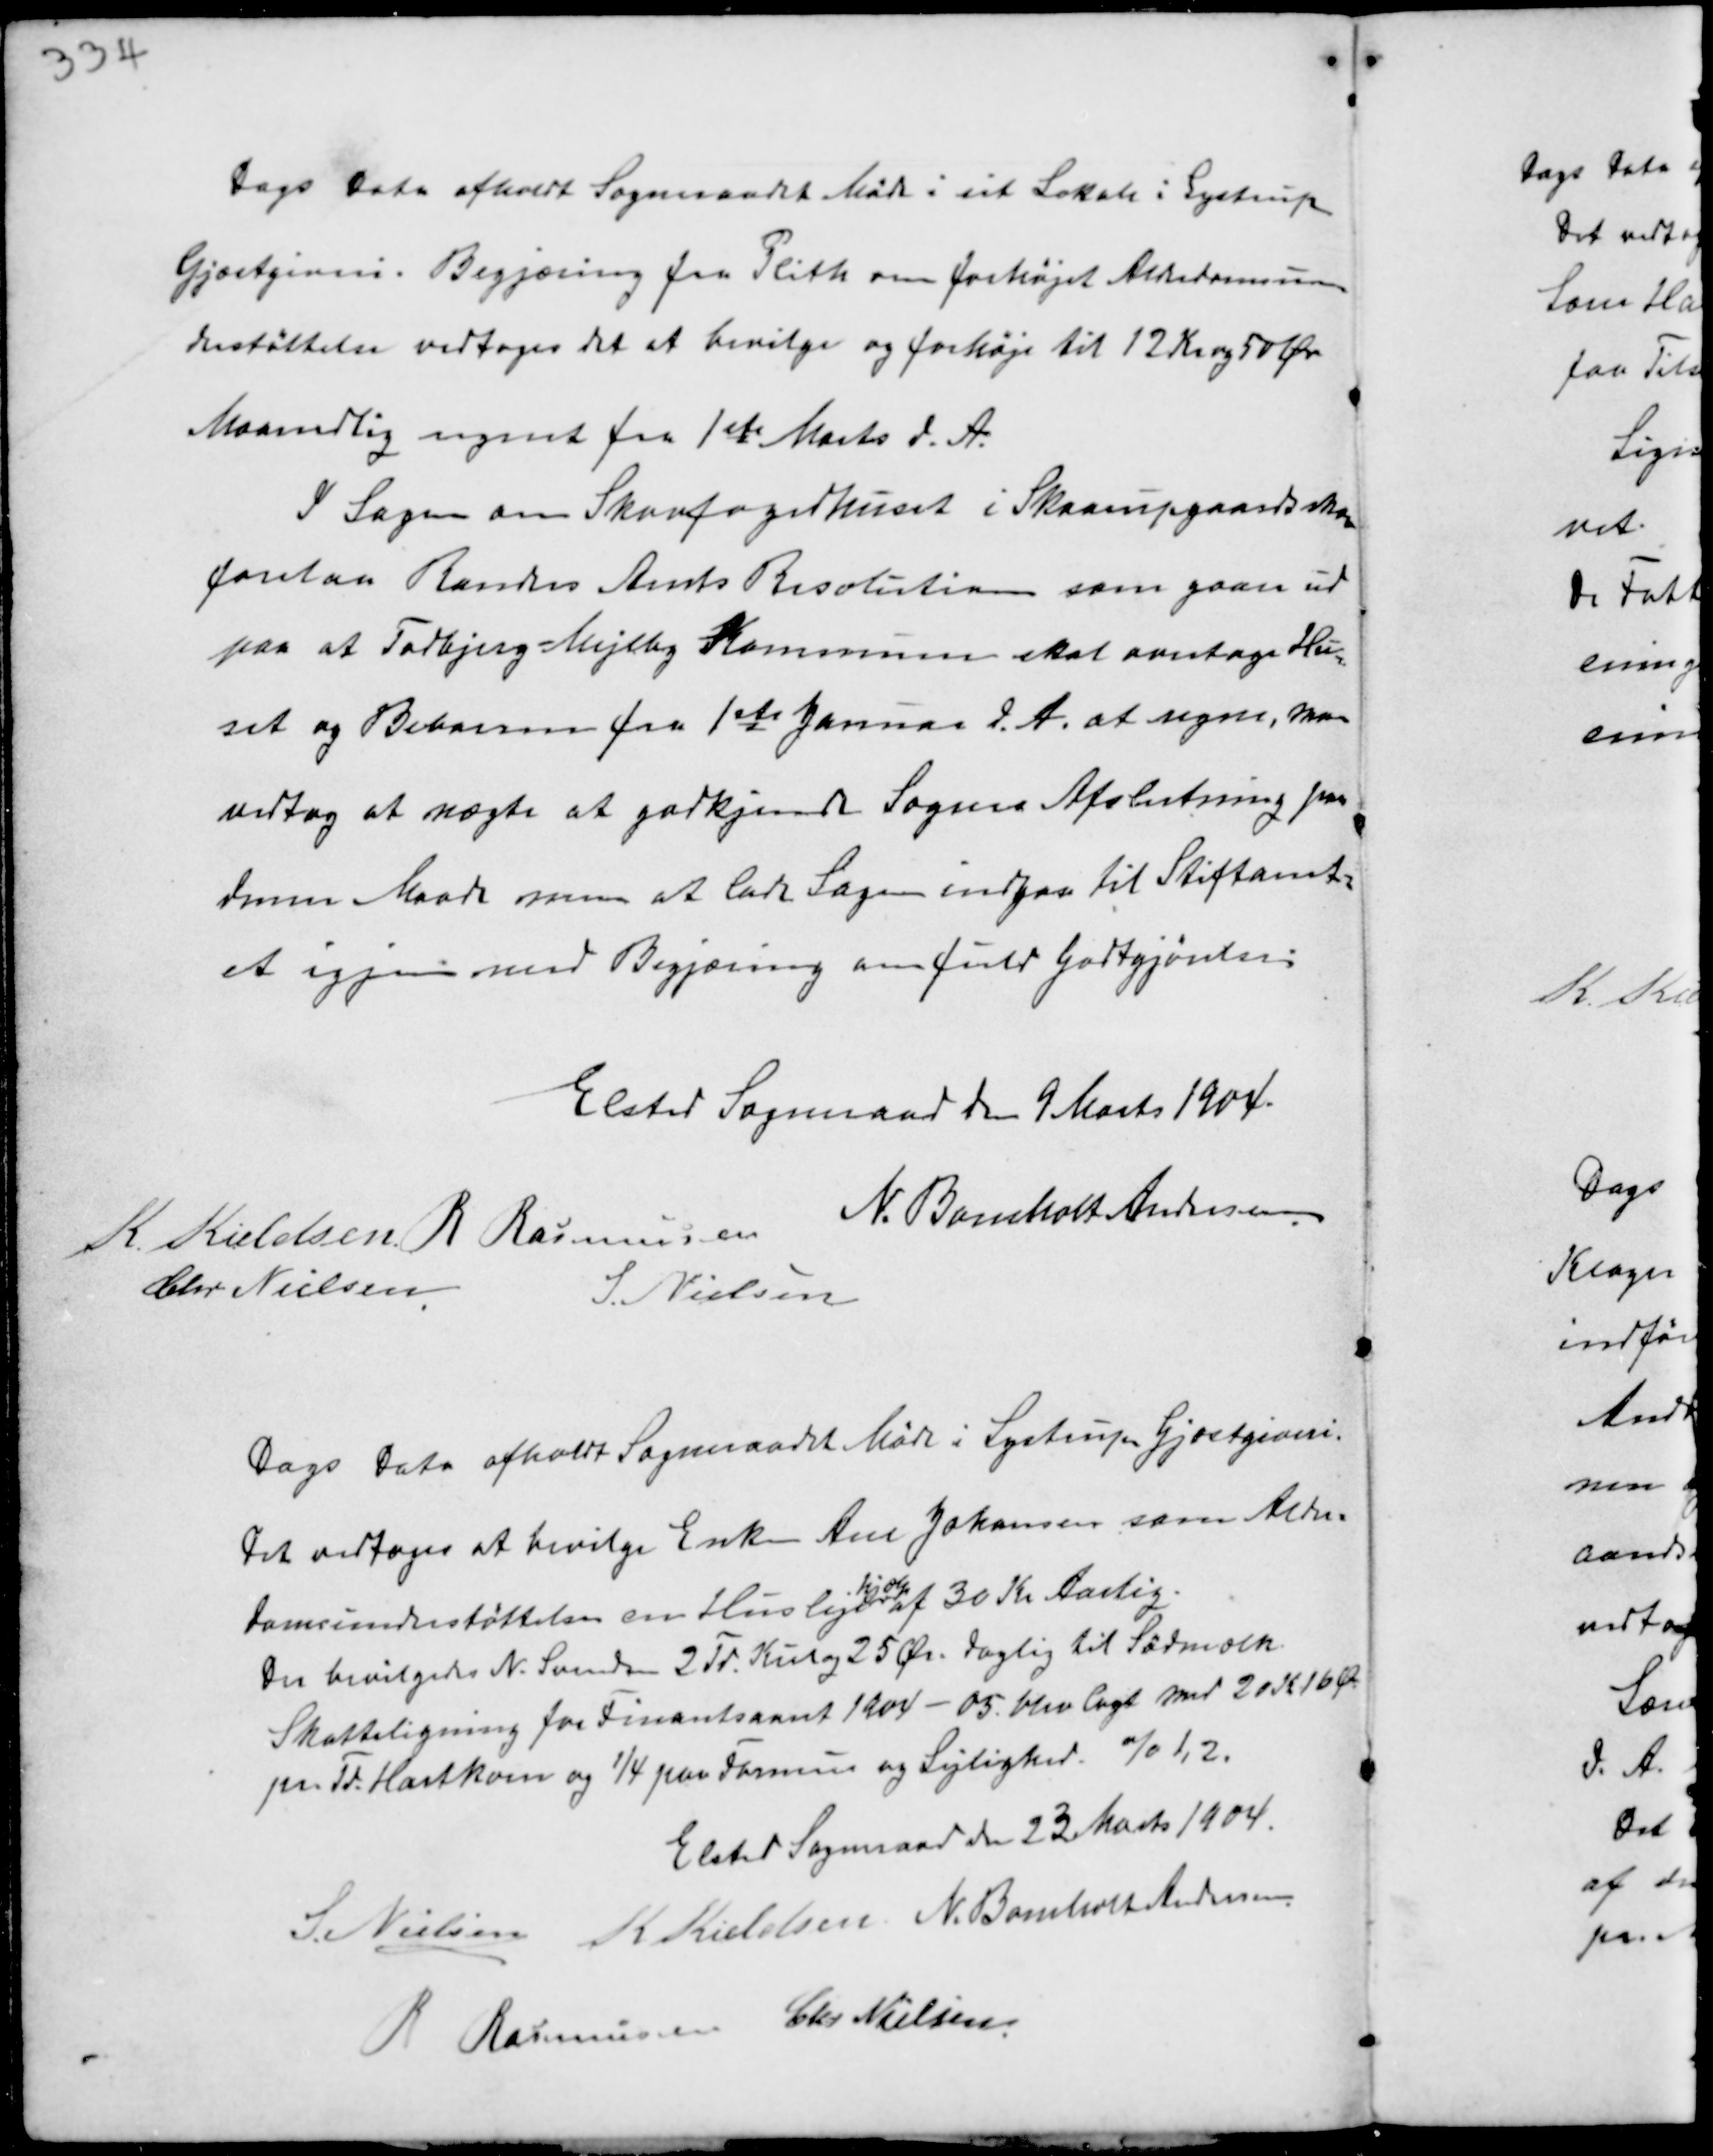
Transskription:
Dags Dato afholdt Sogneraadet Møde i sit Lokale i Lystrup
Gjæstgiveri. Begjæring fra Plith om forhøjet Alderdomsun-
derstøttelse vedtoges det at bevilge og forhøje til 12 Kr og 50 Øre
Maanedlig regnet fra 1ste Marts d.A.
I Sagen om Skovfogedhuset i Skaarupgaardskov
forelaa Randers Amts Resolution som gaar ud
paa at Todbjerg-Mejlby Kommune skal overtage Hu-
set og Beboeren fra 1ste Januar d.A. at regne. Man
vedtog at nægte at godkjende Sagens Afslutning paa
denne Maade men at lade Sagen indgaa til Stiftamt-
et igjen med Begjæring om fuld Godtgjørelse.

Elsted Sogneraad den 9 Marts 1904.
K. Kieldsen R. Rasmussen
N. Bomholt Andersen
Chr. Nielsen
S. Nielsen

Dags Dato afholdt Sogneraadet Møde i Lystrup Gjæstgiveri.
Det vedtoges at bevilge Enke Ane Johansen, som Alder-
domsunderstøttelse en Husleje
hjælp
af 30 Kr Aarlig.
Der bevilgedes N. Svendsen 2 Td Kul og 25 Ør. daglig til Sødmælk.
Skatteligning for Finantsaaret 1904-05 blev lagt med 20 Kr 16 Ø.
pr. Td Hartkorn og ¼ paa Formue og Lejlighed. % 1,2.

Elsted Sogneraad den 23 Marts 1904.
S. Nielsen K Kieldsen N. Bomholt Andersen
R Rasmussen Chr Nielsen